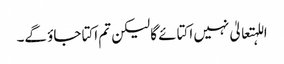
اللہتعالیٰ نہیں اکتائے گا لیکن تم اکتا جاؤ گے۔